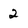
Character: 2